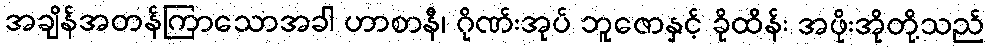
အချိန်အတန်ကြာသောအခါ ဟာစာနီ၊ ဂိုဏ်းအုပ် ဘူဇောနှင့် ခိုထိန်း အဖိုးအိုတို့သည်